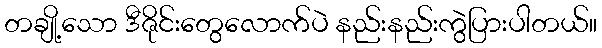
တချို့သော ဒီဇိုင်းတွေလောက်ပဲ နည်းနည်းကွဲပြားပါတယ်။